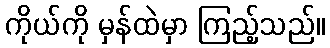
ကိုယ်ကို မှန်ထဲမှာ ကြည့်သည်။